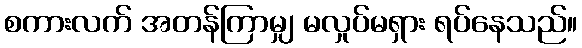
စကားလက် အတန်ကြာမျှ မလှုပ်မရှား ရပ်နေသည်။